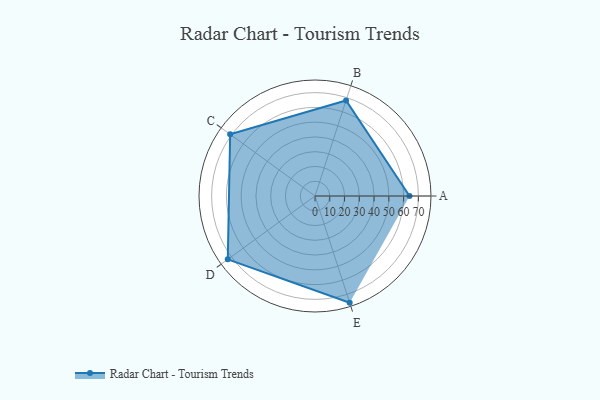
{"axis": {"x": "Skill", "y": "Score"}, "legend": ["Profile"], "data": [{"x": "A", "y": 64.0, "type": "Profile"}, {"x": "B", "y": 68.0, "type": "Profile"}, {"x": "C", "y": 71.0, "type": "Profile"}, {"x": "D", "y": 73.0, "type": "Profile"}, {"x": "E", "y": 76.0, "type": "Profile"}]}